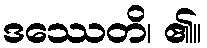
ဒဿေတိ၊ ၏။